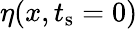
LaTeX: \eta(x,t_{\mathrm{s}}=0)